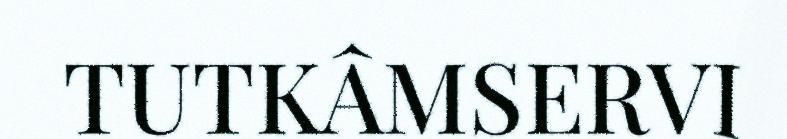
TUTKÂMSERVI